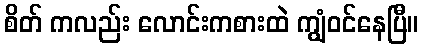
စိတ် ကလည်း လောင်းကစားထဲ ကျွံဝင်နေပြီ။